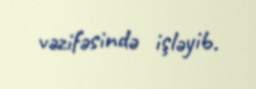
vəzifəsində işləyib.